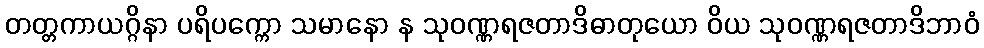
တတ္တကာယဂ္ဂိနာ ပရိပက္ကော သမာနော န သုဝဏ္ဏရဇတာဒိဓာတုယော ဝိယ သုဝဏ္ဏရဇတာဒိဘာဝံ